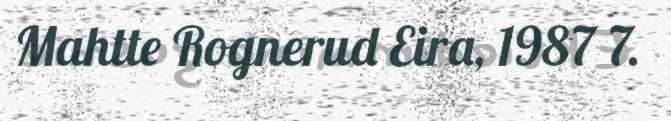
Mahtte Rognerud Eira, 1987 7.